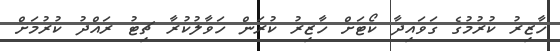
ހާޒިރު ކުރުމުގެ ގަވައިދާ ކޯޓަށް ހާޒިރު ކުރަން ހަވާލުކުރާ ޗިޓު ރައްދު ކުރުމަށް